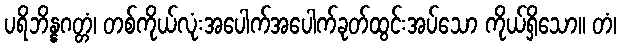
ပရိဘိန္နဂတ္တံ၊ တစ်ကိုယ်လုံးအပေါက်အပေါက်ခုတ်ထွင်းအပ်သော ကိုယ်ရှိသော။ တံ၊